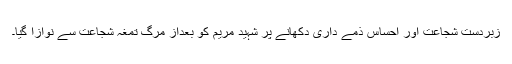
زبردست شجاعت اور احساس ذمے داری دکھانے پر شہید مریم کو بعداز مرگ تمغہ شجاعت سے نوازا گیا۔